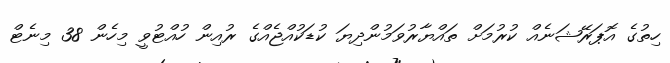
ހިތުގެ އޮޕަރޭޝަނެއް ކުރުމަށް ތައްޔާރުވަމުންދިޔަ ކުޑަކުއްޖެއްގެ ރުއިން ހުއްޓުވީ މިހެން 38 މިނެޓް